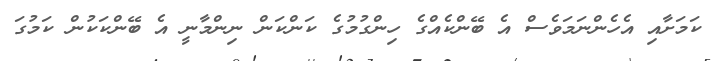
ކަމަށާއި އެހެންނަމަވެސް އެ ބޭންކެއްގެ ހިންގުމުގެ ކަންކަން ނިންމާނީ އެ ބޭންކަކުން ކަމުގަ